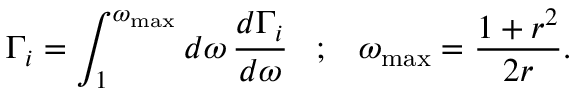
\Gamma _ { i } = \int _ { 1 } ^ { \omega _ { \mathrm { m a x } } } d \omega \, \frac { d \Gamma _ { i } } { d \omega } \; \; \; ; \; \; \; \omega _ { \mathrm { m a x } } = \frac { 1 + r ^ { 2 } } { 2 r } .